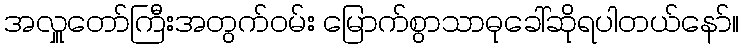
အလှူတော်ကြီးအတွက်ဝမ်း မြောက်စွာသာဓုခေါ်ဆိုရပါတယ်နော်။